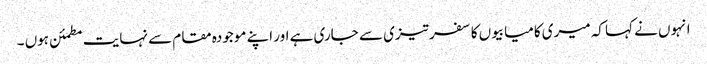
انہوں نے کہا کہ میری کامیابیوں کا سفر تیزی سے جاری ہے اور اپنے موجودہ مقام سے نہایت مطمئن ہوں ۔